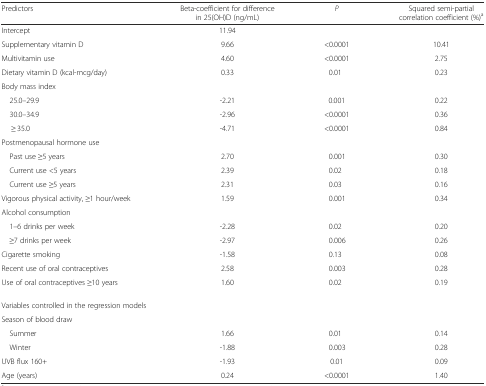
<table><thead><tr><td><b>Predictors</b></td><td><b>Beta-coefficient for difference in 25(OH)D (ng/mL)</b></td><td><b><i>P</i></b></td><td><b>Squared semi-partial correlation coefficient (%)<sup>a</sup></b></td></tr></thead><tbody><tr><td>Intercept</td><td>11.94</td><td></td><td></td></tr><tr><td>Supplementary vitamin D</td><td>9.66</td><td>&lt;0.0001</td><td>10.41</td></tr><tr><td>Multivitamin use</td><td>4.60</td><td>&lt;0.0001</td><td>2.75</td></tr><tr><td>Dietary vitamin D (kcal-mcg/day)</td><td>0.33</td><td>0.01</td><td>0.23</td></tr><tr><td colspan="4">Body mass index</td></tr><tr><td> 25.0–29.9</td><td>-2.21</td><td>0.001</td><td>0.22</td></tr><tr><td> 30.0–34.9</td><td>-2.96</td><td>&lt;0.0001</td><td>0.36</td></tr><tr><td>≥ 35.0</td><td>-4.71</td><td>&lt;0.0001</td><td>0.84</td></tr><tr><td colspan="4">Postmenopausal hormone use</td></tr><tr><td> Past use ≥5 years</td><td>2.70</td><td>0.001</td><td>0.30</td></tr><tr><td> Current use &lt;5 years</td><td>2.39</td><td>0.02</td><td>0.18</td></tr><tr><td> Current use ≥5 years</td><td>2.31</td><td>0.03</td><td>0.16</td></tr><tr><td>Vigorous physical activity, ≥1 hour/week</td><td>1.59</td><td>0.001</td><td>0.34</td></tr><tr><td colspan="4">Alcohol consumption</td></tr><tr><td> 1–6 drinks per week</td><td>-2.28</td><td>0.02</td><td>0.20</td></tr><tr><td> ≥7 drinks per week</td><td>-2.97</td><td>0.006</td><td>0.26</td></tr><tr><td>Cigarette smoking</td><td>-1.58</td><td>0.13</td><td>0.08</td></tr><tr><td>Recent use of oral contraceptives</td><td>2.58</td><td>0.003</td><td>0.28</td></tr><tr><td>Use of oral contraceptives ≥10 years</td><td>1.60</td><td>0.02</td><td>0.19</td></tr><tr><td colspan="4">Variables controlled in the regression models</td></tr><tr><td colspan="4">Season of blood draw</td></tr><tr><td> Summer</td><td>1.66</td><td>0.01</td><td>0.14</td></tr><tr><td> Winter</td><td>-1.88</td><td>0.003</td><td>0.28</td></tr><tr><td>UVB flux 160+</td><td>-1.93</td><td>0.01</td><td>0.09</td></tr><tr><td>Age (years)</td><td>0.24</td><td>&lt;0.0001</td><td>1.40</td></tr></tbody></table>